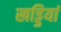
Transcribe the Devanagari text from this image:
खड्डियां